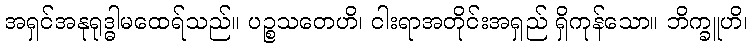
အရှင်အနုရုဒ္ဓါမထေရ်သည်။ ပဉ္စသတေဟိ၊ ငါးရာအတိုင်းအရှည် ရှိကုန်သော။ ဘိက္ခူဟိ၊